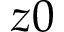
z 0